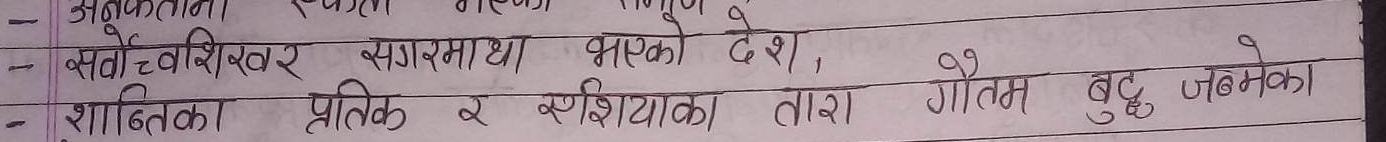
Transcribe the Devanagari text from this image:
सर्वोच्च शिखर सगरमाथा भएको देश,
शान्तिका प्रतीक र एशियाका तारा गौतम बुद्ध जन्मेका